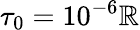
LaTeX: \tau_{0}=10^{-6}\mathbb{R}